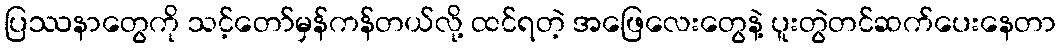
ပြဿနာတွေကို သင့်တော်မှန်ကန်တယ်လို့ ထင်ရတဲ့ အဖြေလေးတွေနဲ့ ပူးတွဲတင်ဆက်ပေးနေတာ